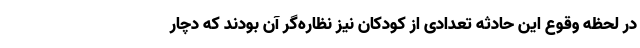
در لحظه وقوع این حادثه تعدادی از کودکان نیز نظاره‌گر آن بودند که دچار